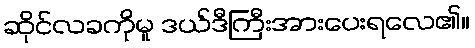
ဆိုင်လခကိုမူ ဒယ်ဒီကြီးအားပေးရလေ၏။